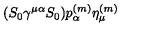
( S _ { 0 } \gamma ^ { \mu \alpha } S _ { 0 } ) p _ { \alpha } ^ { ( m ) } \eta _ { \mu } ^ { ( m ) }